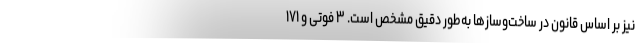
نیز بر اساس قانون در ساخت‌وسازها به‌طور دقیق مشخص است. ۳ فوتی و ۱۷۱